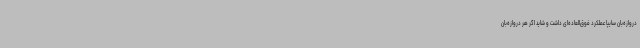
دروازه‌بان سایپا عملکرد فوق‌العاده‌ای داشت و شاید اگر هر دروازه‌بان